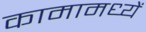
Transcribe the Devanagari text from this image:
कामामध्यें